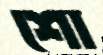
শো